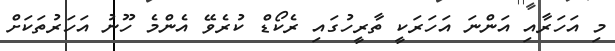
މި އަހަރާއި އަންނަ އަހަރަކީ ތާރީހުގައި ރެކޯޑް ކުރެވޭ އެންމެ ހޫނު އަހަރުތަކަށް